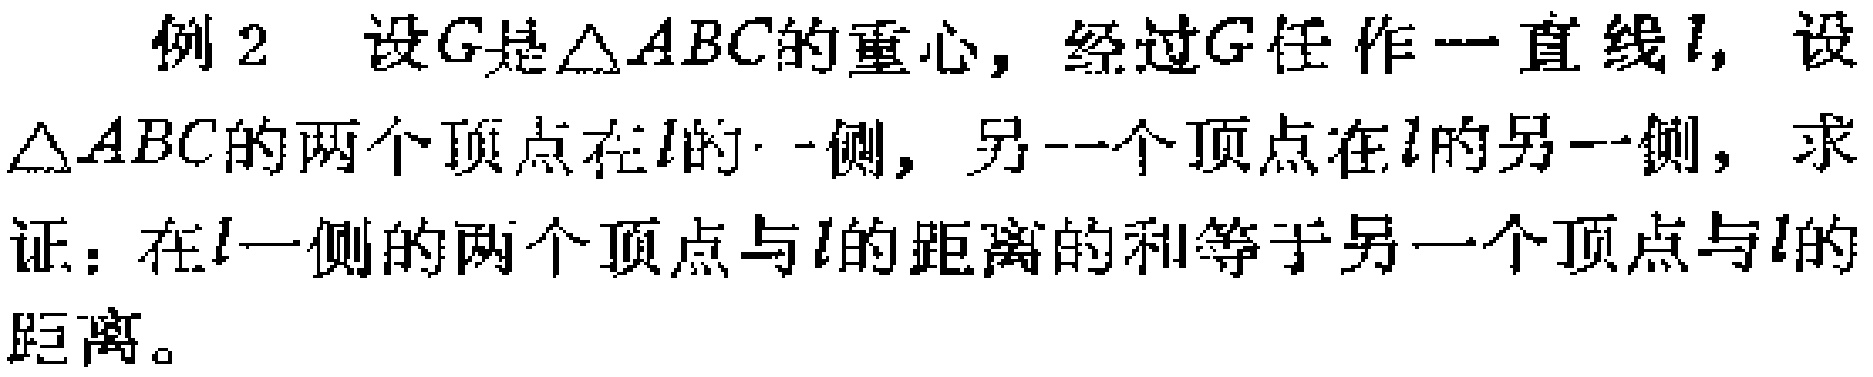
例2 设\(G\)是\(\triangle ABC\)的重心，经过\(G\)任作一直线\(l\)，设\(\triangle ABC\)的两个顶点在\(l\)的一侧，另一个顶点在\(l\)的另一侧，求证：在\(l\)一侧的两个顶点与\(l\)的距离的和等于另一个顶点与\(l\)的距离。